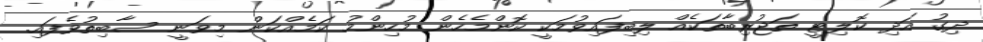
ދިގު އަދި ކޮލިޓީ ތަޖުރިބާތަކެއް ލިބިފައިވުމަކީ ކޮންމެހެން މުހިންމު ކަމެއްކަން މިވަނީ ސާބިތުވެފައި.